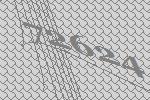
72624